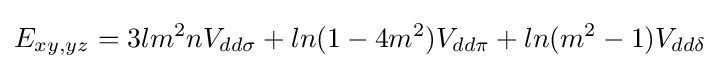
E_{xy,yz}=3lm^{2}nV_{dd\sigma }+ln(1-4m^{2})V_{dd\pi }+ln(m^{2}-1)V_{dd\delta }